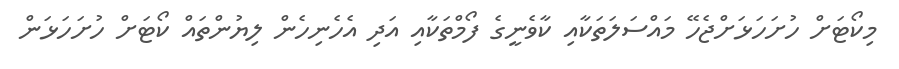
މިކޯޓަށް ހުށަހަޅަށްޖެހޭ މައްސަލަތަކާއި ކާވެނީގެ ފޯމްތަކާއި އަދި އެހެނިހެން ލިޔުންތައް ކޯޓަށް ހުށަހަޅަން